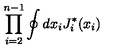
\prod _ { i = 2 } ^ { n - 1 } \oint d x _ { i } J _ { i } ^ { * } ( x _ { i } )